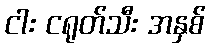
ငါး ငရုတ်သီး အနှစ်